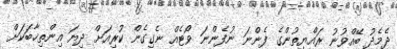
ދެމެދު ބޭއްވުނު ރައްޔިތުންގެ ފެންނަ ނުފެންނަ ވޯޓެއް ނެގިގެން ކުރިއަށް ދިޔަ އިންތިޚާބަކަށް